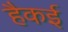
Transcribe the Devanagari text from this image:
हैकई